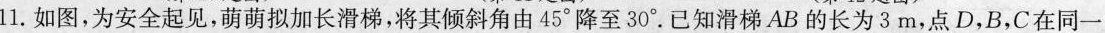
11.如图，为安全起见，萌萌拟加长滑梯，将其倾斜角由45°降至30°。已知滑梯AB的长为3m，点D，B，C在同一